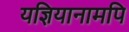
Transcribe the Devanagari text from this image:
यज्ञियानामपि